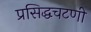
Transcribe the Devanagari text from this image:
प्रसिद्धचटणी